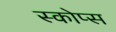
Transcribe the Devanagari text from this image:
स्कोप्स